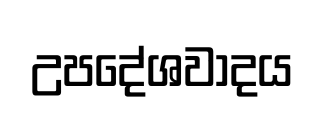
උපදේශවාදය